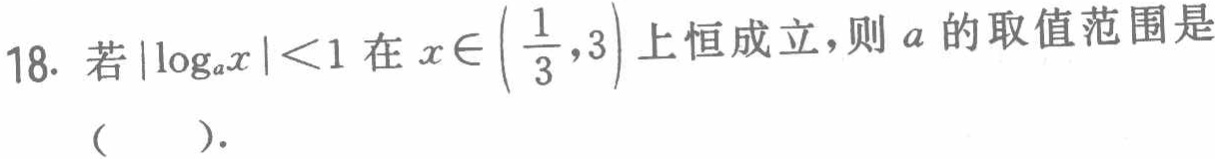
18. 若\(\vert\log_{a}x\vert<1\)在\(x\in\left(\frac{1}{3},3\right)\)上恒成立，则\(a\)的取值范围是（  ）.